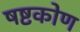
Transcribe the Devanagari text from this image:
षष्टकोण